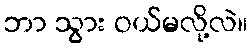
ဘာ သွား ဝယ်မလို့လဲ။